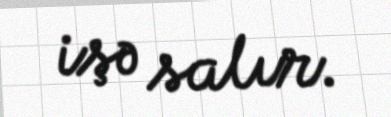
işə salır.